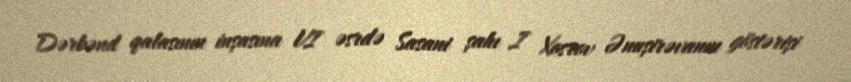
Dərbənd qalasının inşasına VI əsrdə Sasani şahı I Xosrov Ənuşirəvanın göstərişi